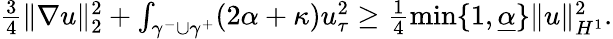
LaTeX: \begin{array}{r}{\frac{3}{4}\| \nabla u\| _{2}^{2}+\int_{\gamma^{-}\cup\gamma^{+}}(2\alpha+\kappa)u_{\tau}^{2}\geq\frac{1}{4}\operatorname*{min}\lbrace 1,\underline{{\alpha}}\rbrace\| u\| _{H^{1}}^{2}.}\end{array}